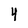
Character: 4